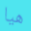
هيا